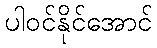
ပါဝင်နိုင်အောင်